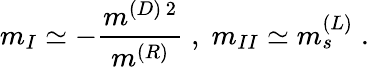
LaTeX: m_{I}\simeq-\frac{m^{(D)\, 2}}{m^{(R)}}\; ,\; m_{II}\simeq m_{s}^{(L)}\; .